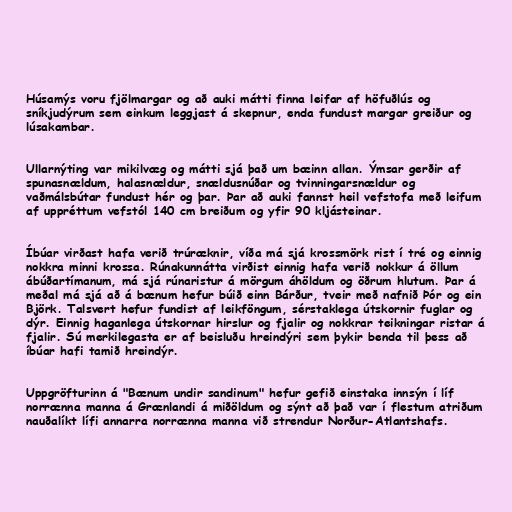
Húsamýs voru fjölmargar og að auki mátti finna leifar af höfuðlús og
sníkjudýrum sem einkum leggjast á skepnur, enda fundust margar greiður og
lúsakambar.

Ullarnýting var mikilvæg og mátti sjá það um bæinn allan. Ýmsar gerðir af
spunasnældum, halasnældur, snældusnúðar og tvinningarsnældur og
vaðmálsbútar fundust hér og þar. Þar að auki fannst heil vefstofa með leifum
af uppréttum vefstól 140 cm breiðum og yfir 90 kljásteinar.

Íbúar virðast hafa verið trúræknir, víða má sjá krossmörk rist í tré og einnig
nokkra minni krossa. Rúnakunnátta virðist einnig hafa verið nokkur á öllum
ábúðartímanum, má sjá rúnaristur á mörgum áhöldum og öðrum hlutum. Þar á
meðal má sjá að á bænum hefur búið einn Bárður, tveir með nafnið Þór og ein
Björk. Talsvert hefur fundist af leikföngum, sérstaklega útskornir fuglar og
dýr. Einnig haganlega útskornar hirslur og fjalir og nokkrar teikningar ristar á
fjalir. Sú merkilegasta er af beisluðu hreindýri sem þykir benda til þess að
íbúar hafi tamið hreindýr.

Uppgröfturinn á "Bænum undir sandinum" hefur gefið einstaka innsýn í líf
norrænna manna á Grænlandi á miðöldum og sýnt að það var í flestum atriðum
nauðalíkt lífi annarra norrænna manna við strendur Norður-Atlantshafs.